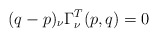
\begin{align*}(q-p)_\nu\Gamma^T_\nu(p,q) = 0\end{align*}